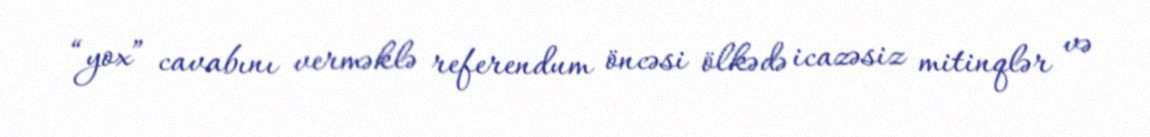
“yox” cavabını verməklə referendum öncəsi ölkədə icazəsiz mitinqlər və